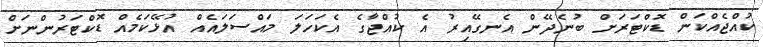
ކުއްޖެއްކަން ޑޮކްޓަރަށް ބުނެދޭން އެނގޭއިރު އެ ކުއްޖާގެ އެކަހަލަ މައްސަލައެއް އުޅޭކަމެއް ޑޮކްޓަރުންނަށް